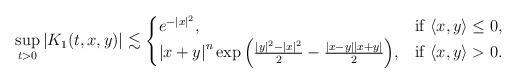
LaTeX: \begin{align*}\sup_{t>0}|K_1(t,x,y)|&\lesssim\begin{cases}e^{-|x|^2}, & \mbox{if $\langle x,y\rangle \le 0$},\\{|x+y|}^{n}\exp{\left( \frac{|y|^2-|x|^2}{2}-\frac{|x-y||x+y|}{2}\right)}, &\mbox{if $\langle x,y\rangle>0$}.\end{cases}\end{align*}